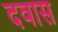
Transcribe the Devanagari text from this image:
दवास